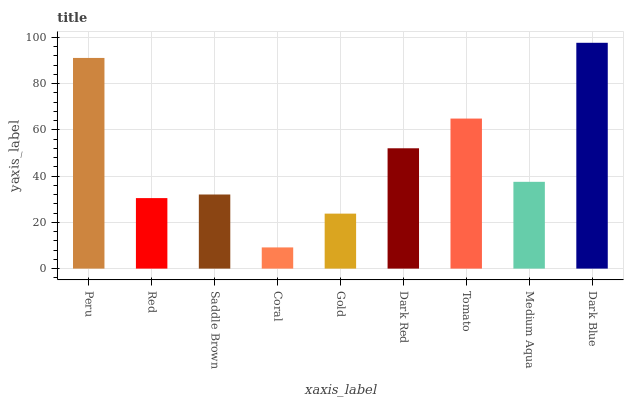
| xaxis_label | bars |
 | --- | --- |
 | Peru | 91.1 |
 | Red | 30.5 |
 | Saddle Brown | 32 |
 | Coral | 9.16 |
 | Gold | 23.8 |
 | Dark Red | 52 |
 | Tomato | 64.9 |
 | Medium Aqua | 37.5 |
 | Dark Blue | 97.6 |